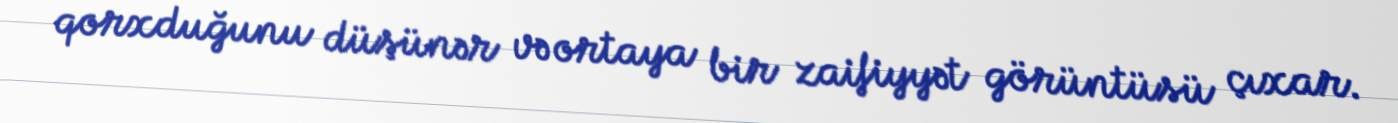
qorxduğunu düşünər və ortaya bir zaifiyyət görüntüsü çıxar.